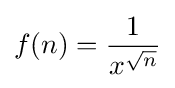
f(n)={\frac {1}{x^{\sqrt {n}}}}